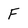
Character: F